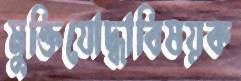
মুক্তিযোদ্ধাবিষয়ক